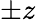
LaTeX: \pm z